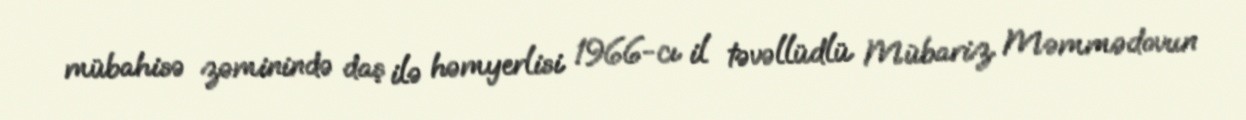
mübahisə zəminində daş ilə həmyerlisi 1966-cı il təvəllüdlü Mübariz Məmmədovun